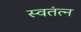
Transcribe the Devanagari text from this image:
स्वतंत्न